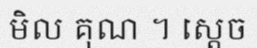
មិល គុណ ។ ស្តេច